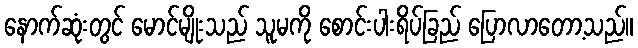
နောက်ဆုံးတွင် မောင်မျိုးသည် သူမကို စောင်းပါးရိပ်ခြည် ပြောလာတော့သည်။